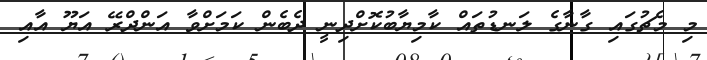
މި މެޗުގައި ގާނާގެ ލަނޑުތައް ކާމިޔާބުކޮށްދިނީ ދެބެން ކަމަށްވާ އަންދްރޭ އަޔޫ އާއި